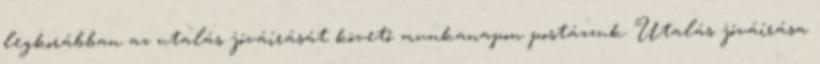
legkorábban az utalás jóváírását követő munkanapon postázzuk. Utalás jóváírása